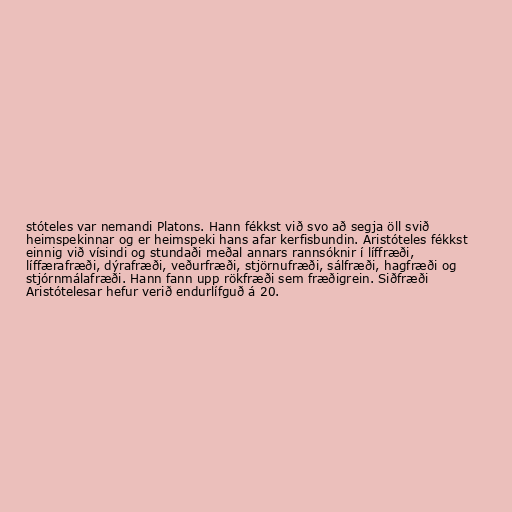
stóteles var nemandi Platons. Hann fékkst við svo að segja öll svið
heimspekinnar og er heimspeki hans afar kerfisbundin. Aristóteles fékkst
einnig við vísindi og stundaði meðal annars rannsóknir í líffræði,
líffærafræði, dýrafræði, veðurfræði, stjörnufræði, sálfræði, hagfræði og
stjórnmálafræði. Hann fann upp rökfræði sem fræðigrein. Siðfræði
Aristótelesar hefur verið endurlífguð á 20.